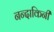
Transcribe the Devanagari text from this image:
नन्दाकिनी